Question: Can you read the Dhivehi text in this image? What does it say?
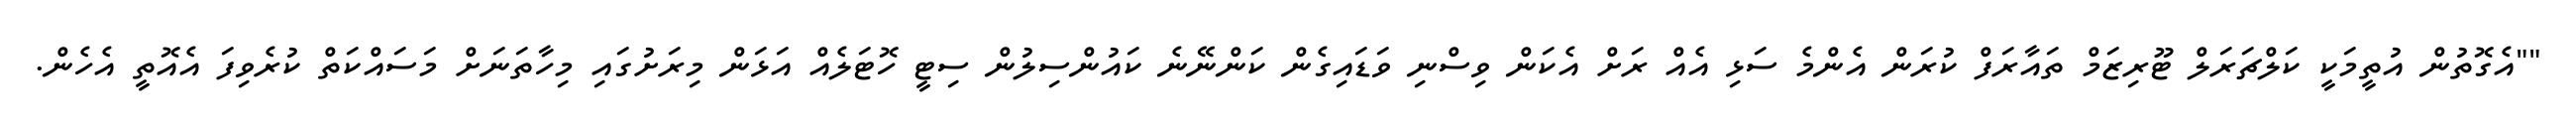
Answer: ""އެގޮތުން އުތީމަކީ ކަލްޗަރަލް ޓޫރިޒަމް ތައާރަފް ކުރަން އެންމެ ސަޅި އެއް ރަށް އެކަން ވިސްނި ވަޑައިގެން ކަންނޭނެ ކައުންސިލުން ސިޓީ ހޮޓަލެއް އަޅަން މިރަށުގައި މިހާތަނަށް މަސައްކަތް ކުރެވިފަ އެއޮތީ އެހެން.